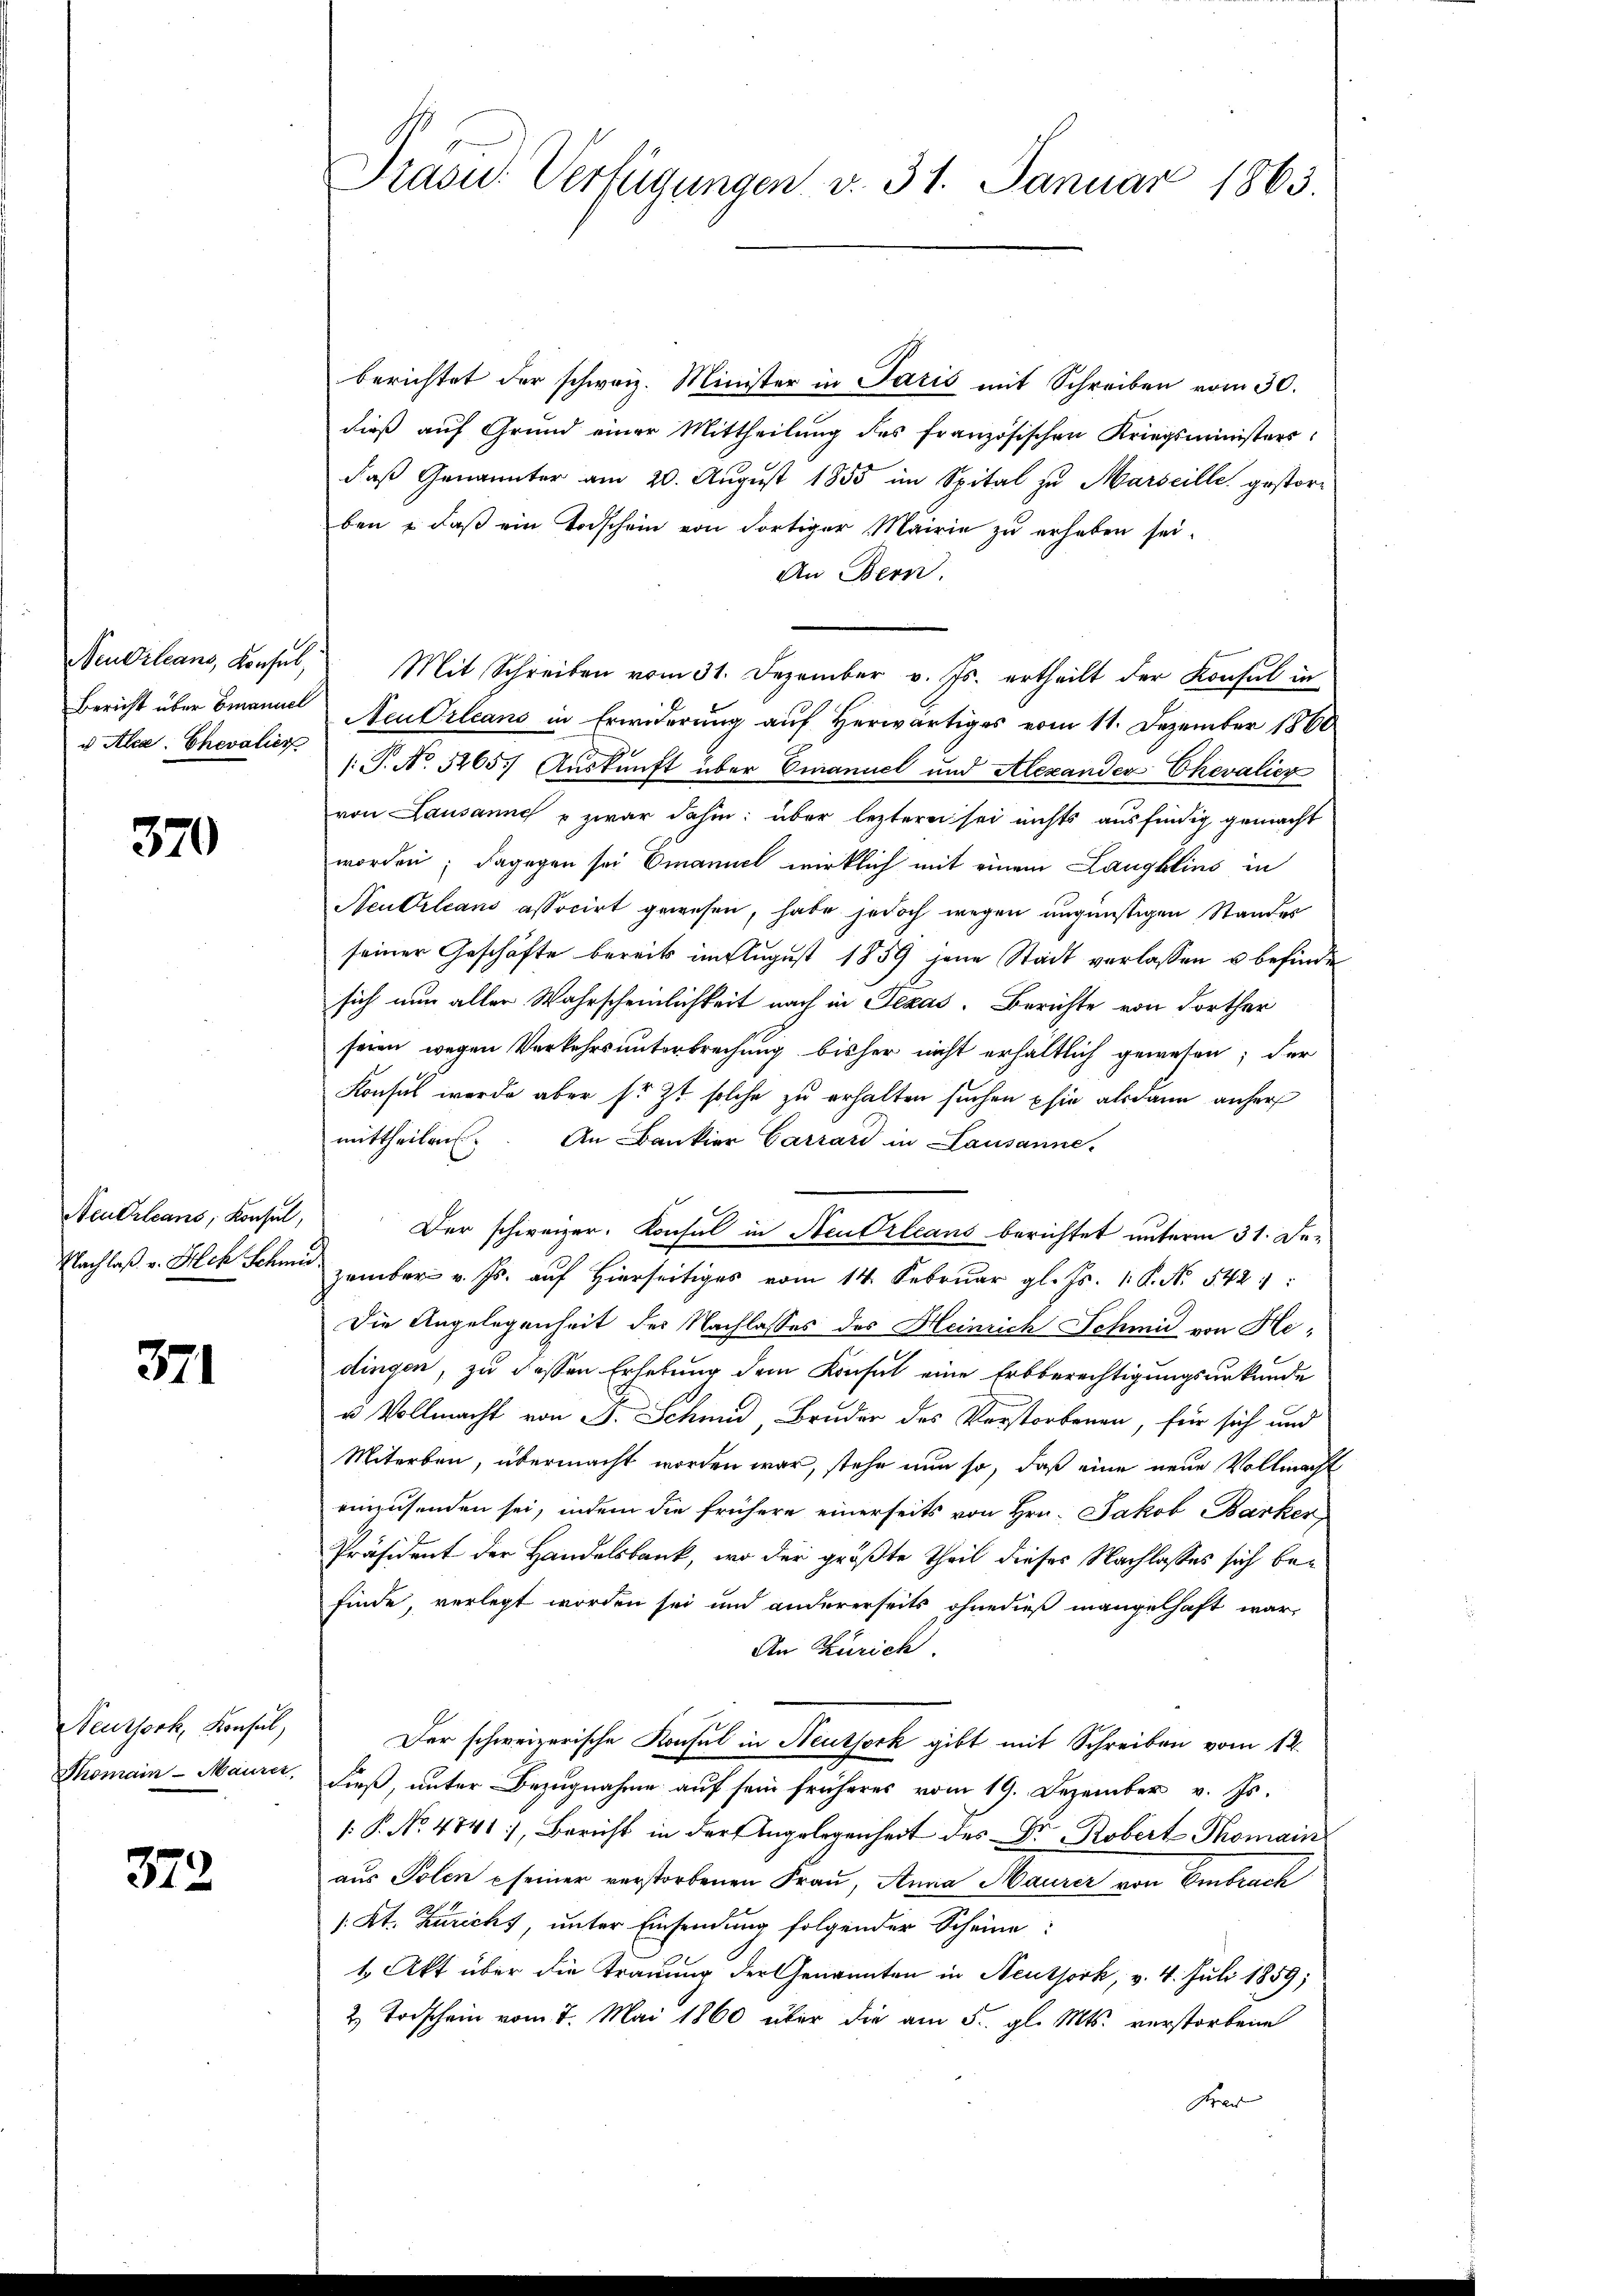
u Alea. Chevalier

370

Neutrleans, Konsul,
Nachlaß v. Sch Schmi

371

Neuthork, Konsul,

372.

berichtet der schweiz. Minister in Paris mit Schreiben vom 30.
dieß auf Grund einer Mittheilŭng des französischen Kriegsministers
daß Genannter am 20. August 1855 im Spital zu Marseille gestorben u daβ ein Todschein von dortiger Mairie zŭ erheben sei.
An Bern.
Neuvillans, Konsul, Mit Schreiben vom 31. Dezember v. Js. ertheilt der Konsul in
Bericht über Emanuel Neudrleans in Erwiderung auf herwärtiges vom 11. Dezember 1860
/: P. No. 5265) Auskunft über Emanuel und Alexander Chevalier
von Lausanne u zwar dahin: über leztere sei nichts ausfindig gemacht
worden; dagegen sei Emanuel wirklich mit einem Langklins in
Neutrleans associrt gewesen, habe jedoch wegen ungünstigen Standes
seiner Geschäfte bereits im August 1859 jene Stadt verlassen u befinde
sich nun aller Wahrscheinlichkeit nach in Texas. Berichte von dorther
seien wegen Verkehrs unterbrechung bisher nicht erhältlich gewesen; der
Konsul werde aber sr. Zt. solche zu erhalten suchen phie alsdann anher
mittheilen. An Bankier Carrard in Lausanne.
Der schweizer. Konsul in Neu Orleans berichtet unterm 31. Dezember v. Js. auf hierseitiges vom 14. Februar gl. Js. 1. P. Nr. 542:
Die Angelegenheit der Nachlasses des Heinrich Schmid von Hedingen, zu dessen Erhebung dem Konsul eine Erbberechtigungsurkunde
u Vollmacht von J. Schmid, Bruder des Verstorbenen, für sich und
Miterben, übermacht worden war, stehe nun so, daß eine neue Vollmacht
einzusenden sei, indem die frühere einerseits von Hrn. Jakob Barker
Präsident der Handelsbank, wo der größte Theil dieses Nachlasses sich befinde, verlegt worden sei und andererseits ohnedieß mangelhaft war,
An Zürich.
Der schweizerische Konsul in Neuthork gibt mit Schreiben vom 12.
Thomain-Maurer, dieß, unter Bezugnahme auf sein früheres vom 19. Dezember v. Js.
[: P. No 4841, Bericht in der Angelegenheit des Dr Robert Thomain
aus Polen seiner verstorbenen Frau, Anna Maurer von Embrach
/. Kt. Züricht, unter Einsendung folgender Scheine:
1 Akt über die Trauung der Genannten in Neuthork, v. 4. Juli 1859;
2. Todschein vom 7. Mai 1860 über die am 5. gl. Mts. verstorbene
Preis

Präsid.. Verfügungen v. 31. Januar 1863.